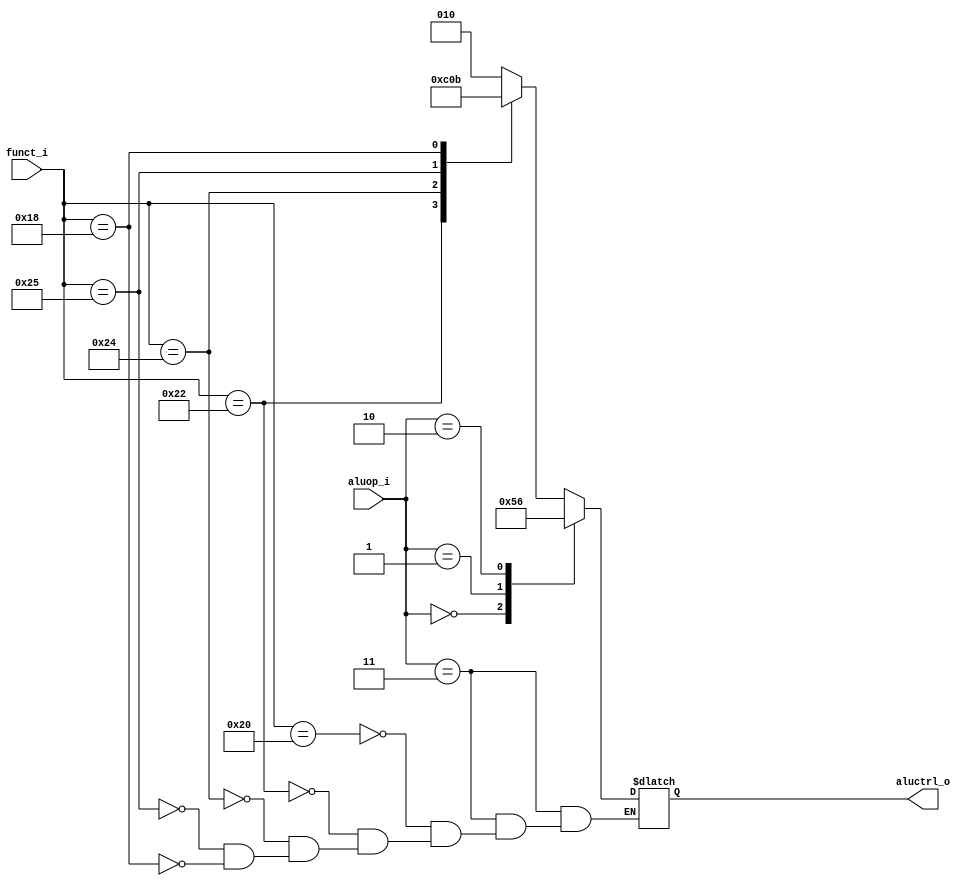
module ALUControl(
    funct_i,
    aluop_i,
    aluctrl_o
);

// Ports
input  [5:0] funct_i;
input  [1:0] aluop_i;
output [2:0] aluctrl_o;

// Wires & Registers
reg    [2:0] aluctrl_o;

always@(funct_i, aluop_i)
begin
    case (aluop_i)
		// R-type
        2'b11:
            begin
                case (funct_i)
                    6'b100000: aluctrl_o = 3'b010; // add
                    6'b100010: aluctrl_o = 3'b110; // sub
                    6'b100100: aluctrl_o = 3'b000; // and
                    6'b100101: aluctrl_o = 3'b001; // or
                    6'b011000: aluctrl_o = 3'b011; // mul
                endcase
            end
		// Or
		2'b00: aluctrl_o = 3'b001;
		// add
		2'b01: aluctrl_o = 3'b010;
		// subtract
		2'b10: aluctrl_o = 3'b110;
    endcase
end

endmodule